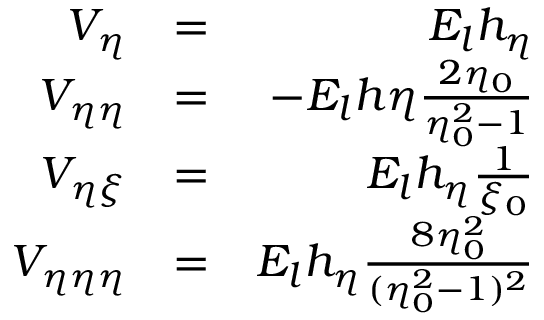
\begin{array} { r l r } { V _ { \eta } } & { = } & { E _ { l } h _ { \eta } } \\ { V _ { \eta \eta } } & { = } & { - E _ { l } h \eta \frac { 2 \eta _ { 0 } } { \eta _ { 0 } ^ { 2 } - 1 } } \\ { V _ { \eta \xi } } & { = } & { E _ { l } h _ { \eta } \frac { 1 } { \xi _ { 0 } } } \\ { V _ { \eta \eta \eta } } & { = } & { E _ { l } h _ { \eta } \frac { 8 \eta _ { 0 } ^ { 2 } } { ( \eta _ { 0 } ^ { 2 } - 1 ) ^ { 2 } } } \end{array}